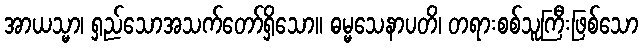
အာယသ္မာ၊ ရှည်သောအသက်တော်ရှိသော။ ဓမ္မသေနာပတိ၊ တရားစစ်သူကြီးဖြစ်သော